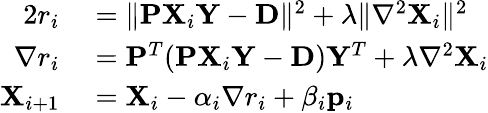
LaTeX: \begin{array}{rl}{2r_{i}}&{{}=\Vert\mathbf{PX}_{i}\mathbf{Y}-\mathbf{D}\Vert^{2}+\lambda\Vert\nabla^{2}\mathbf{X}_{i}\Vert^{2}}\\ {\nabla r_{i}}&{{}=\mathbf{P}^{T}(\mathbf{PX}_{i}\mathbf{Y}-\mathbf{D})\mathbf{Y}^{T}+\lambda\nabla^{2}\mathbf{X}_{i}}\\ {\mathbf{X}_{i+1}}&{{}=\mathbf{X}_{i}-\alpha_{i}\nabla{r_{i}}+\beta_{i}\mathbf{p}_{i}}\end{array}